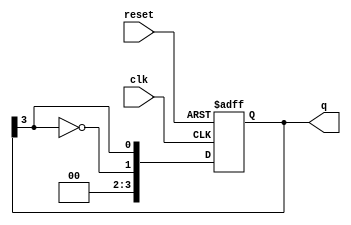
module johnson_counter #(
    parameter N = 4  // Number of flip-flops
)(
    input wire clk,      // Clock input
    input wire reset,    // Asynchronous reset
    output reg [N-1:0] q // Output state of the counter
);

    // Sequential logic for the Johnson counter
    always @(posedge clk or posedge reset) begin
        if (reset) begin
            // Reset all flip-flops to 0
            q <= 0;
        end else begin
            // Shift operation with feedback from the last flip-flop
            q <= {~q[N-1], q[N-1:N-1]}; // Invert the last flip-flop and feed it to the first
        end
    end

endmodule